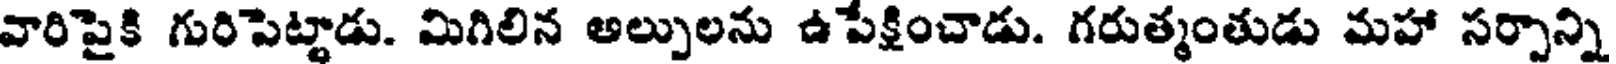
వారిపైకి గురిపెట్టాడు. మిగిలిన అల్పులను ఉపేక్షించాడు. గరుత్మంతుడు మహా సర్పాన్ని